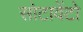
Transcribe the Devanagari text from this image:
सोटावेंटो